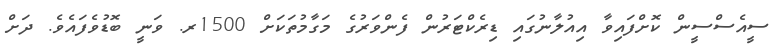
ސީއެސްސީން ކޮށްފައިވާ އިއުލާނުގައި ޑިރެކްޓަރުން ފެންވަރުގެ މަގާމުތަކަށް 1500ރ. ވަނީ ބޮޑުވެފައެވެ. ދަށް